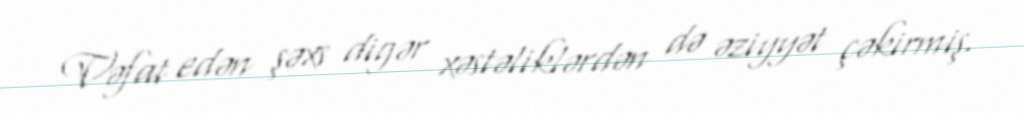
Vəfat edən şəxs digər xəstəliklərdən də əziyyət çəkirmiş.